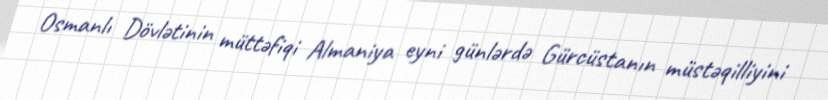
Osmanlı Dövlətinin müttəfiqi Almaniya eyni günlərdə Gürcüstanın müstəqilliyini